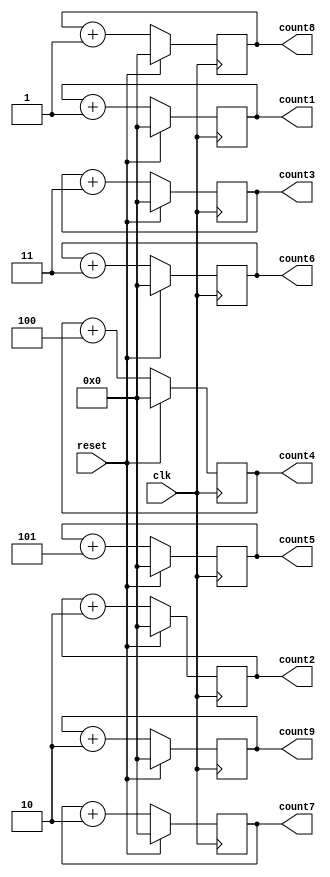
module counter(
    input clk,
    input reset,
    output reg [31:0] count1, count2, count3, count4,count5, count6, count7, count8, count9 
	 
	 );

always @(posedge clk) begin
    if (reset) begin
	 
        count1 <= 32'b0;
		  count2 <= 32'b0;
		  count3 <= 32'b0;
		  count4 <= 32'b0;
		  count5 <= 32'b0;
		  count6 <= 32'b0;
		  count7 <= 32'b0;
		  count8 <= 32'b0; 
		  count9 <= 32'b0; 
		  
	 
		  
    end else 
	 
	 begin
       
		 
		  count1 <= count1 + 1;
		  count2 <= count2 + 2;
		  count3 <= count3 + 3;
		  count4 <= count4 + 4;
		  count5 <= count5 + 5;
		  count6 <= count6 + 3;
		  count7 <= count7 + 2;
		  count8 <= count8 + 1;
		  count9 <= count9 + 2;
		   
    end
end

endmodule